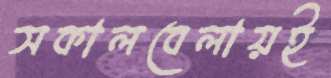
সকালবেলায়ই